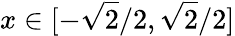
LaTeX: x\in[-{\sqrt{2}}/2,{\sqrt{2}}/2]